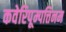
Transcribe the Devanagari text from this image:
कवेरिपूम्पत्तिनम